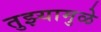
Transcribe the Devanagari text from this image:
तुझ्यामुळे